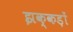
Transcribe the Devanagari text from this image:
झक्कड़ों